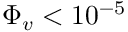
\Phi _ { v } < 1 0 ^ { - 5 }